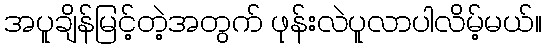
အပူချိန်မြင့်တဲ့အတွက် ဖုန်းလဲပူလာပါလိမ့်မယ်။